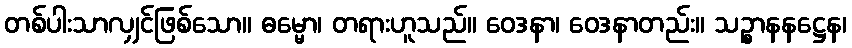
တစ်ပါးသာလျှင်ဖြစ်သော။ ဓမ္မော၊ တရားဟူသည်။ ဝေဒနာ၊ ဝေဒနာတည်း။ သဉ္စာနနဋ္ဌေန၊